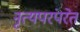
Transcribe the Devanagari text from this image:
नृत्यपरंपरेत